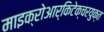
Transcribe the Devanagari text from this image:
माइक्रोआर्किटेक्चरयुक्त